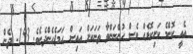
އެއީ ކޮންމެ ކަށިކޮޅެއް ވެސް ހުންނަންވާ ތަނަކަށް އައިސް ހަމަޖެހެންދެނެވެ. 153- ދެން